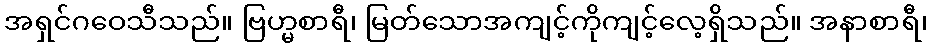
အရှင်ဂဝေသီသည်။ ဗြဟ္မစာရီ၊ မြတ်သောအကျင့်ကိုကျင့်လေ့ရှိသည်။ အနာစာရီ၊